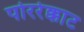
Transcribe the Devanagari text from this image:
पोररेक्काट